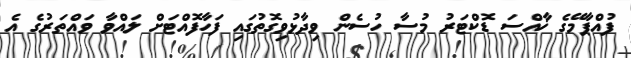
ފުއްޕާމޭގެ ޚާއްސަ ޑޮކްޓަރު މުސާ ހުސެން ވިދާޅުވިގޮތުގައި ފަހާފޮއްޓަށް ލައްވާ ވައްތަރުގެ އެ